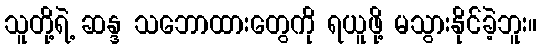
သူတို့ရဲ့ ဆန္ဒ သဘောထားတွေကို ရယူဖို့ မသွားနိုင်ခဲ့ဘူး။